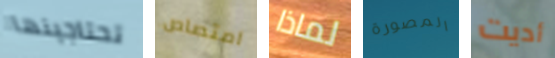
تحتاجينها امتصاص لماذا المصورة أديت